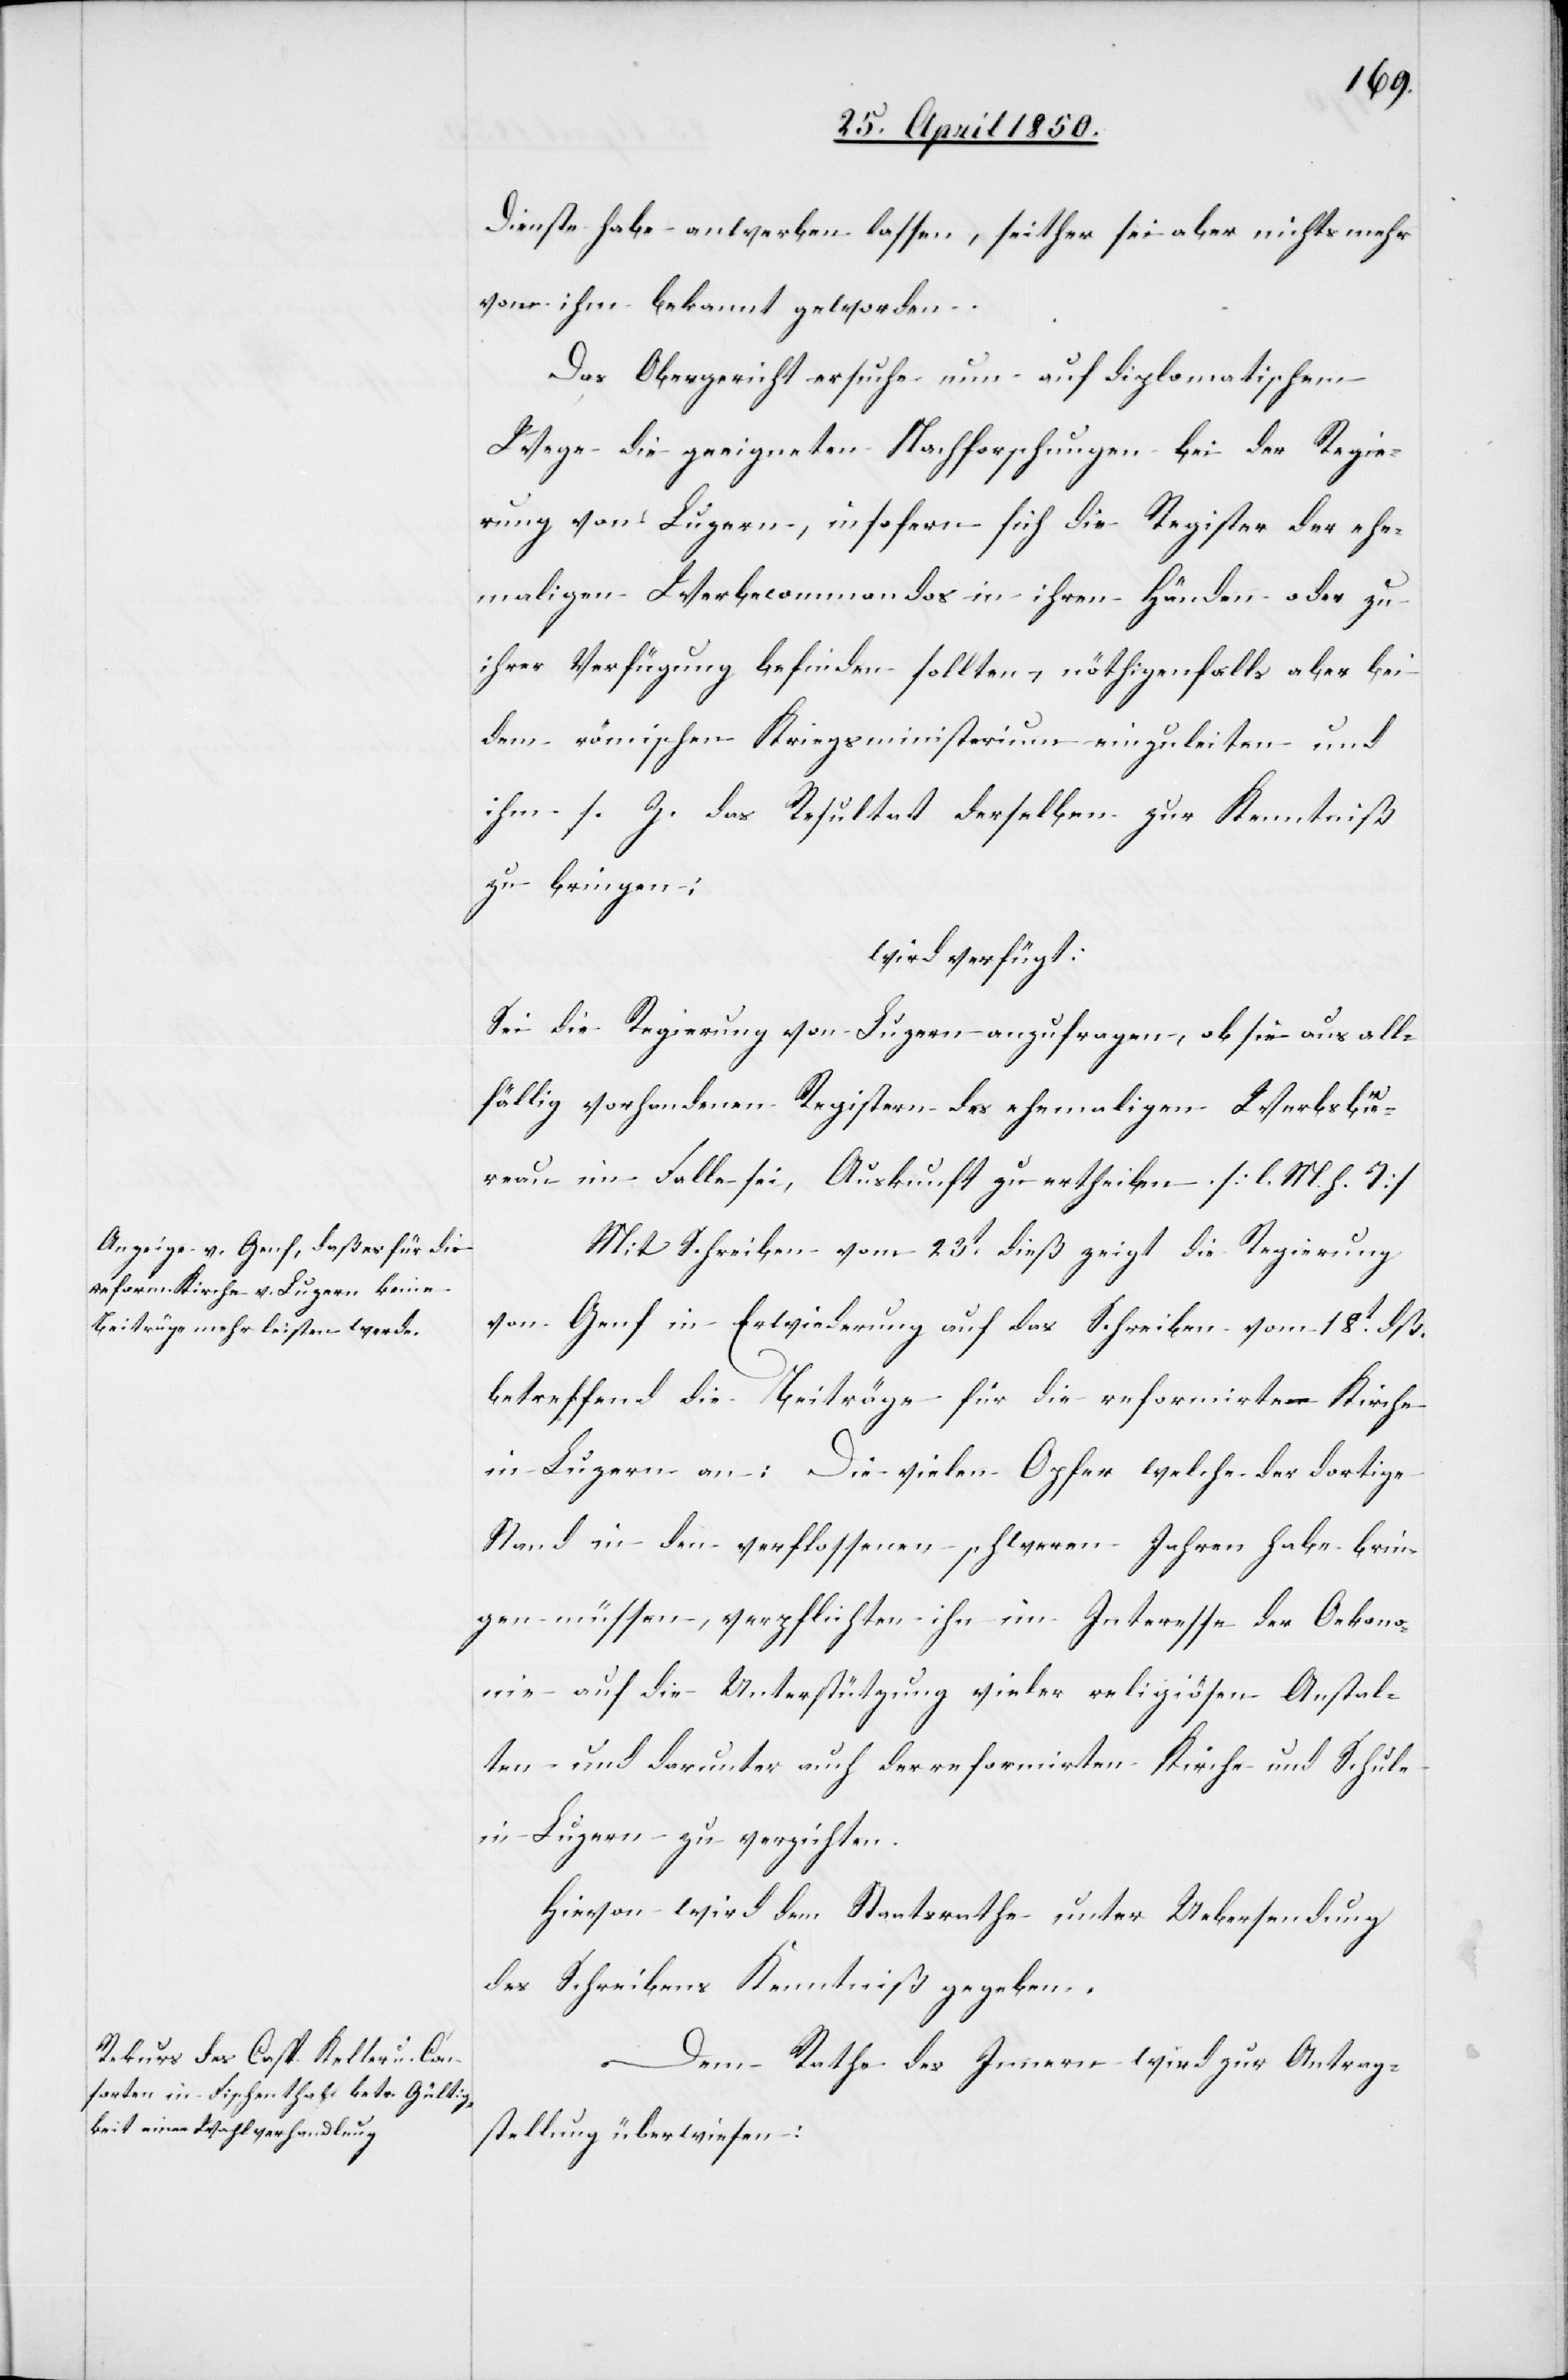
26t April 1850.]
Dienste habe anwerben lassen, seither sei aber nichts mehr
von ihm bekannt geworden.
Das Obergericht ersuche nun auf diplomatischem
Wege die geeigneten Nachforschungen bei der Regie¬
rung von Luzern, insofern sich die Register der ehe¬
maligen Werbecommandos in ihren Händen oder zu
ihrer Verfügung befinden sollten, nöthigenfalls aber bei
dem römischen Kriegsministerium einzuleiten und
ihm s. Z. das Resultat derselben zur Kenntniß
zu bringen:
wird verfügt:
Sei die Regierung von Luzern anzufragen, ob sie aus all¬
fällig vorhandenen Registern des ehemaligen Werbsbü¬
reau im Falle sei, Auskunft zu ertheilen. [l. M. h. T]
Mit Schreiben vom 23t dieß zeigt die Regierung
von Genf in Erwiederung auf das Schreiben vom 18t dß.
betreffend die Beiträge für die reformirte Kirche
in Luzern an: Die vielen Opfer welche der dortige
Stand in den verflossenen schweren Jahren habe brin¬
gen müssen, verpflichten ihn im Interesse der Oekono¬
mie auf die Unterstützung vieler religiösen Anstal¬
ten und darunter auch der reformirten Kirche und Schule
in Luzern zu verzichten.
Hievon wird dem Staatsrathe unter Uebersendung
des Schreibens Kenntniß gegeben.
Dem Rathe des Innern wird zur Antrag¬
stellung überwiesen: